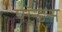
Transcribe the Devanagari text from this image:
पॉन्ड्स